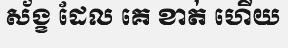
ស័ង្ខ ដែល គេ ខាត់ ហើយ